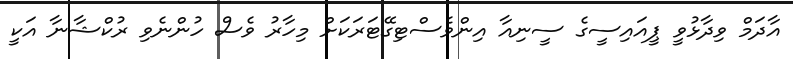
އާދަމް ވިދާޅުވީ ޕީއައިސީގެ ސީނިއާ އިންވެސްޓިގޭޓަރަކަށް މިހާރު ވެސް ހުންނެވި ރުކްޝާނާ އަކީ